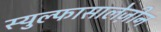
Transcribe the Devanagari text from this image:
स्युल्फासालेज़ीन